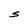
Character: S